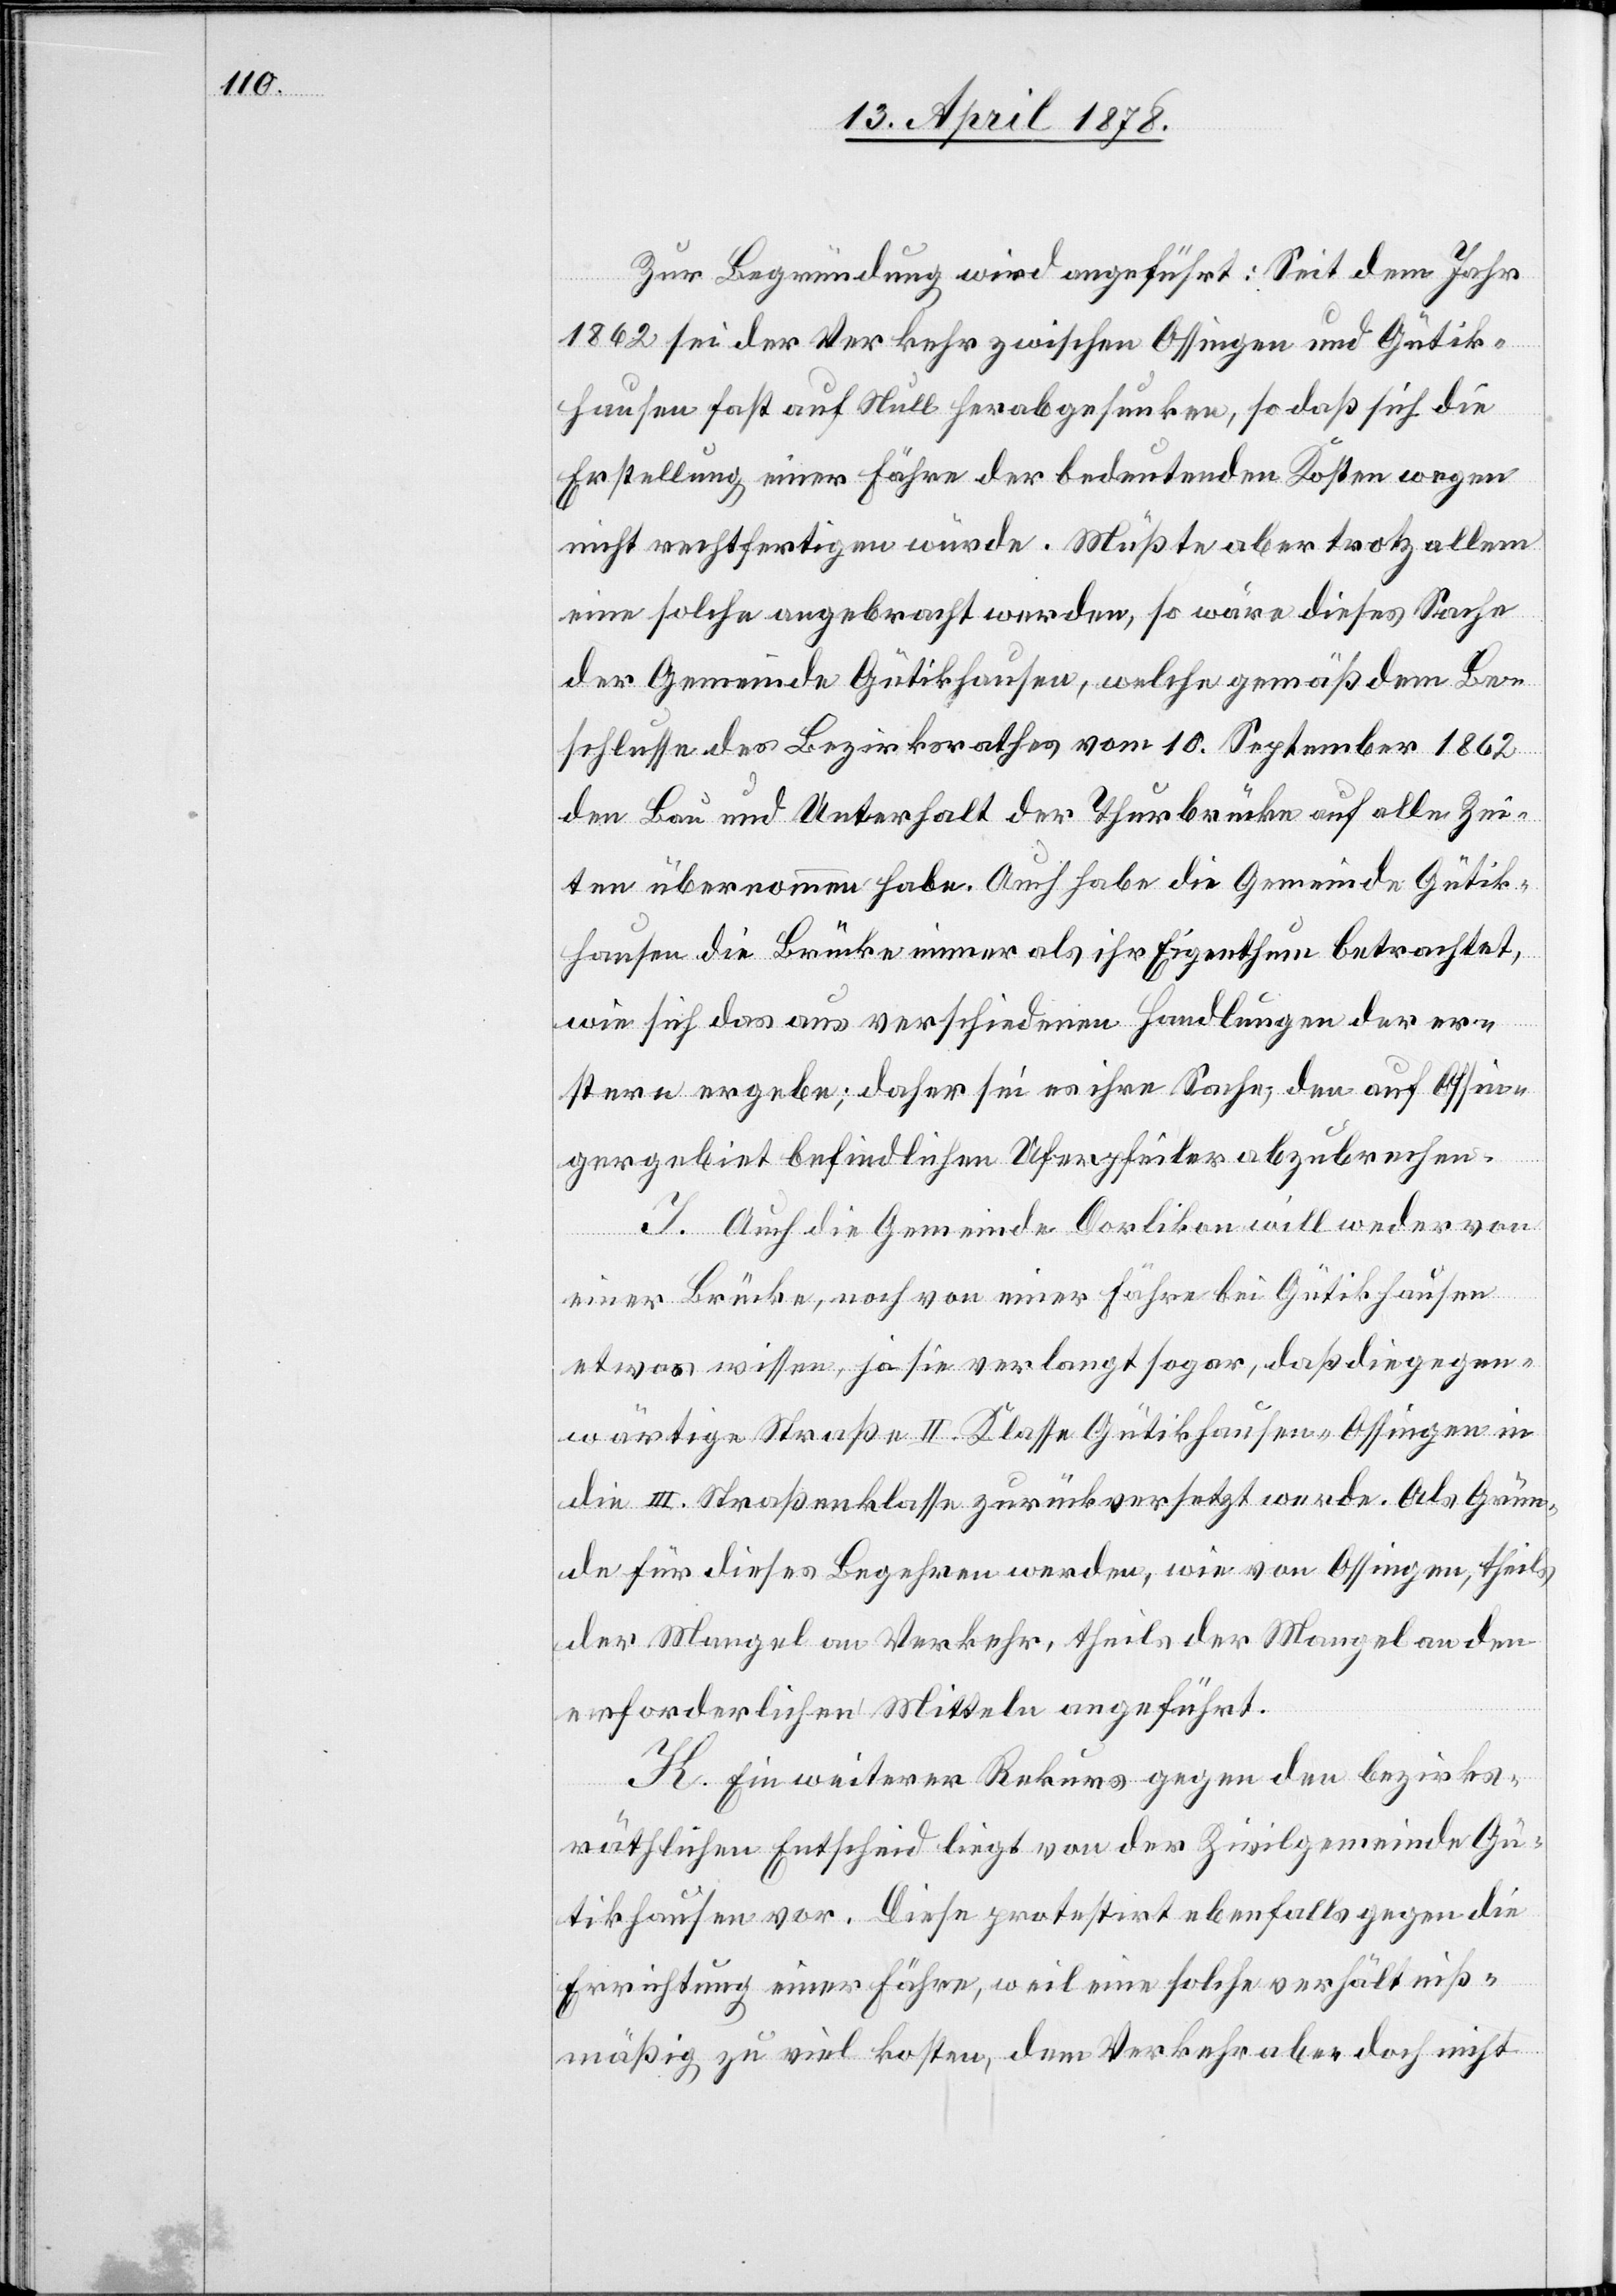
Zur Begründung wird angeführt: Seit dem Jahr
1862 sei der Verkehr zwischen Ossingen und Gütik¬
hausen fast auf Null herabgesunken, so daß sich die
Erstellung einer Fähre der bedeutenden Kosten wegen
nicht rechtfertigen würde. Müßte aber trotz allem
eine solche angebracht werden, so wäre dieses Sache
der Gemeinde Gütikhausen, welche gemäß dem Be¬
schlusse des Bezirksrathes vom 10. September 1862
den Bau und Unterhalt der Thurbrücke auf alle Zei¬
ten übernommen habe. Auch habe die Gemeinde Gütik¬
hausen die Brücke immer als ihr Eigenthum betrachtet,
wie sich das aus verschiedenen Handlungen der er¬
stern ergebe; daher sei es ihre Sache, den auf Ossin¬
gergebiet befindlichen Uferpfeiler abzubrechen.
I. Auch die Gemeinde Dorlikon will weder von
einer Brücke, noch von einer Fähre bei Gütikhausen
etwas wissen, ja sie verlangt sogar, daß die gegen¬
wärtige Straße II. Klasse Gütikhausen–Ossingen in
die III. Straßenklasse zurückversetzt werde. Als Grün¬
de für dieses Begehren werden, wie von Ossingen, theils
der Mangel an Verkehr, theils der Mangel an den
erforderlichen Mitteln angeführt.
K. Ein weiterer Rekurs gegen den bezirks¬
räthlichen Entscheid liegt von der Zivilgemeinde Gü¬
tikhausen vor. Diese protestirt ebenfalls gegen die
Errichtung einer Fähre, weil eine solche verhältniß¬
mäßig zu viel kosten, dem Verkehr aber doch nicht